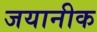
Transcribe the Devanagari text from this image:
जयानीक